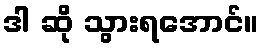
ဒါ ဆို သွားရအောင်။